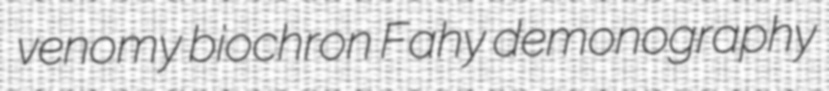
venomy biochron Fahy demonography